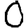
Digit: 0